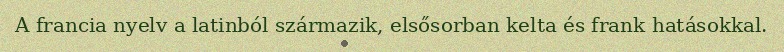
A francia nyelv a latinból származik, elsősorban kelta és frank hatásokkal.